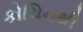
કોચિનથી